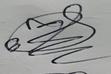
Signature authenticity: genuine